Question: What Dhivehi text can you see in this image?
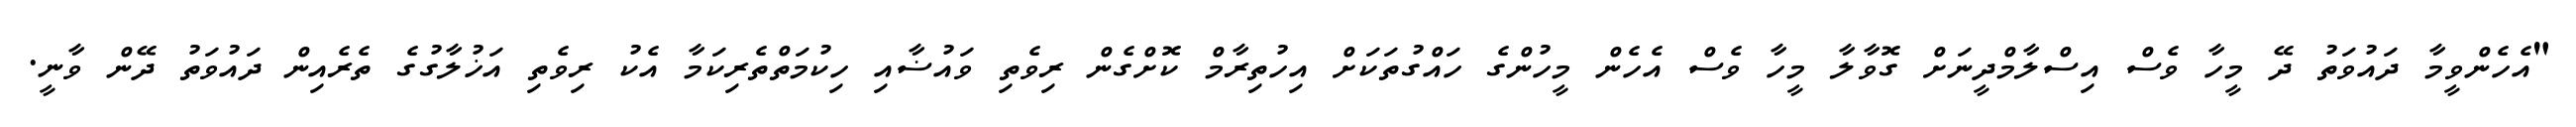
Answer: "އެހެންވީމާ ދައުވަތު ދޭ މީހާ ވެސް އިސްލާމްދީނަށް ގޮވާލާ މީހާ ވެސް އެހެން މީހުންގެ ހައްގުތަކަށް އިހުތިރާމް ކޮށްގެން ރިވެތި ވައުޟާއި ހިކުމަތްތެރިކަމާ އެކު ރިވެތި އަޚުލާގުގެ ތެރެއިން ދައުވަތު ދޭން ވާނީ.